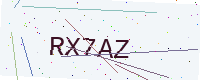
Text: RX7AZ